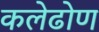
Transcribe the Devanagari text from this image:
कलेढोण